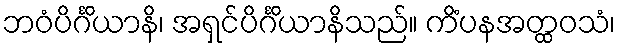
ဘဝံပိင်္ဂိယာနိ၊ အရှင်ပိင်္ဂိယာနိသည်။ ကိံပနအတ္ထဝသံ၊